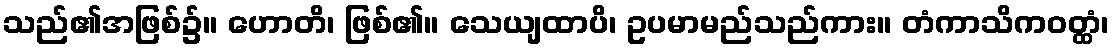
သည်၏အဖြစ်၌။ ဟောတိ၊ ဖြစ်၏။ သေယျထာပိ၊ ဥပမာမည်သည်ကား။ တံကာသိကဝတ္ထံ၊